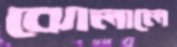
ঝোলালে